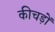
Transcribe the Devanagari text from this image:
कीचड़ों